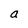
Character: a